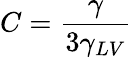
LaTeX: C={\frac{\gamma}{3\gamma_{LV}}}